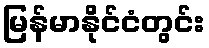
မြန်မာနိုင်ငံတွင်း